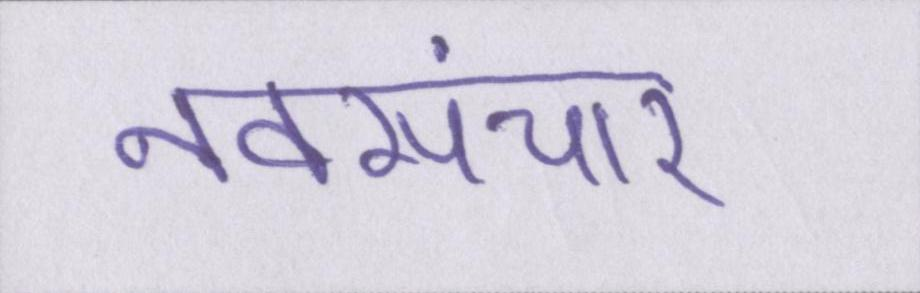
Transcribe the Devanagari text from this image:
नवसंचार